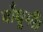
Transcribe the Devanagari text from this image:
बाँधूगी।